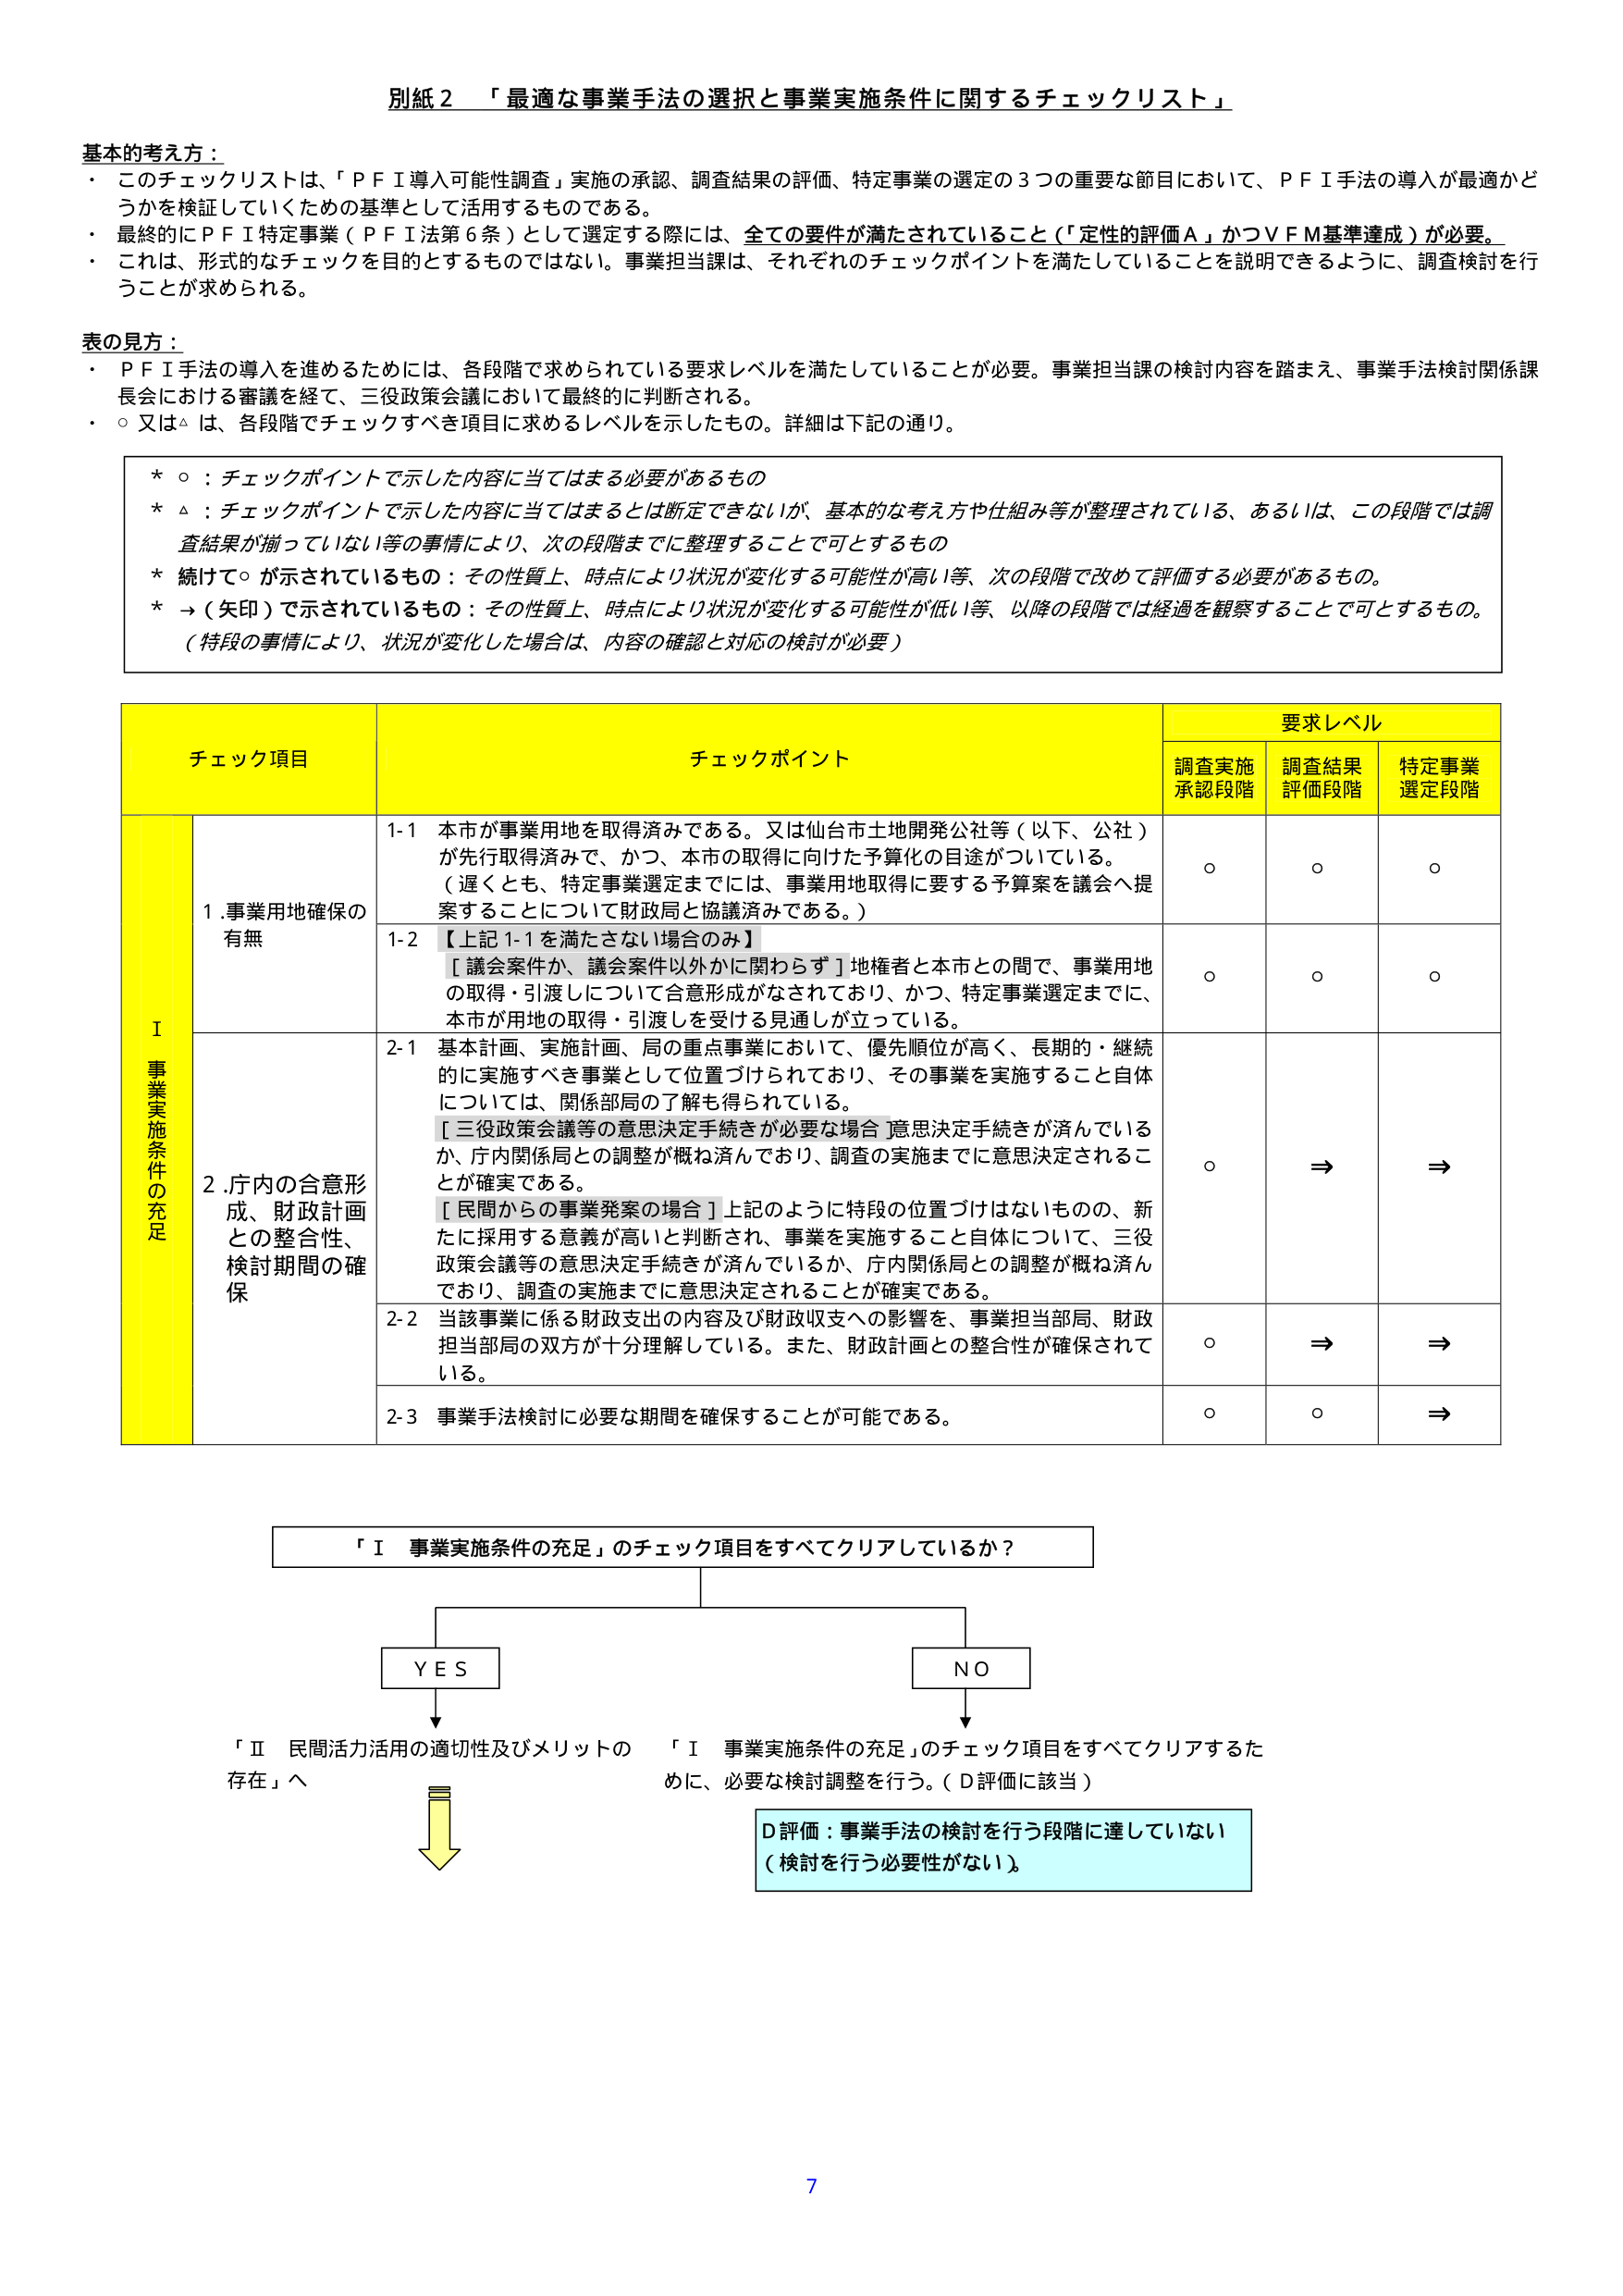
別紙２　「最適な事業手法の選択と事業実施条件に関するチェックリスト」

基本的考え方：
・　このチェックリストは、「ＰＦＩ導入可能性調査」実施の承認、調査結果の評価、特定事業の選定の３つの重要な節目において、ＰＦＩ手法の導入が最適かどうかを検証していくための基準として活用するものである。
・　最終的にＰＦＩ特定事業（ＰＦＩ法第６条）として選定する際には、全ての要件が満たされていること（「定性的評価Ａ」かつＶＦＭ基準達成）が必要。
・　これは、形式的なチェックを目的とするものではない。事業担当課は、それぞれのチェックポイントを満たしていることを説明できるように、調査検討を行うことが求められる。

表の見方：
・　ＰＦＩ手法の導入を進めるためには、各段階で求められている要求レベルを満たしていることが必要。事業担当課の検討内容を踏まえ、事業手法検討関係課長会における審議を経て、三役政策会議において最終的に判断される。
・　○又は△は、各段階でチェックすべき項目に求めるレベルを示したもの。詳細は下記の通り。

*　○：チェックポイントで示した内容に当てはまる必要があるもの
*　△：チェックポイントで示した内容に当てはまるとは断定できないが、基本的な考え方や仕組み等が整理されている、あるいは、この段階では調査結果が揃っていない等の事情により、次の段階までに整理することで可とするもの
*　続けて○が示されているもの：その性質上、時点により状況が変化する可能性が高い等、次の段階で改めて評価する必要があるもの。
*　→（矢印）で示されているもの：その性質上、時点により状況が変化する可能性が低い等、以降の段階では経過を観察することで可とするもの。
（特段の事情により、状況が変化した場合は、内容の確認と対応の検討が必要）

チェック項目